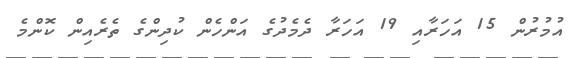
އުމުރުން 15 އަހަރާއި 19 އަހަރާ ދެމެދުގެ އަންހެން ކުދިންގެ ތެރެއިން ކޮންމެ